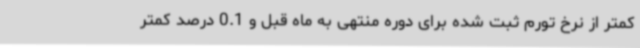
کمتر از نرخ تورم ثبت شده برای دوره منتهی به ماه قبل و 0.1 درصد کمتر